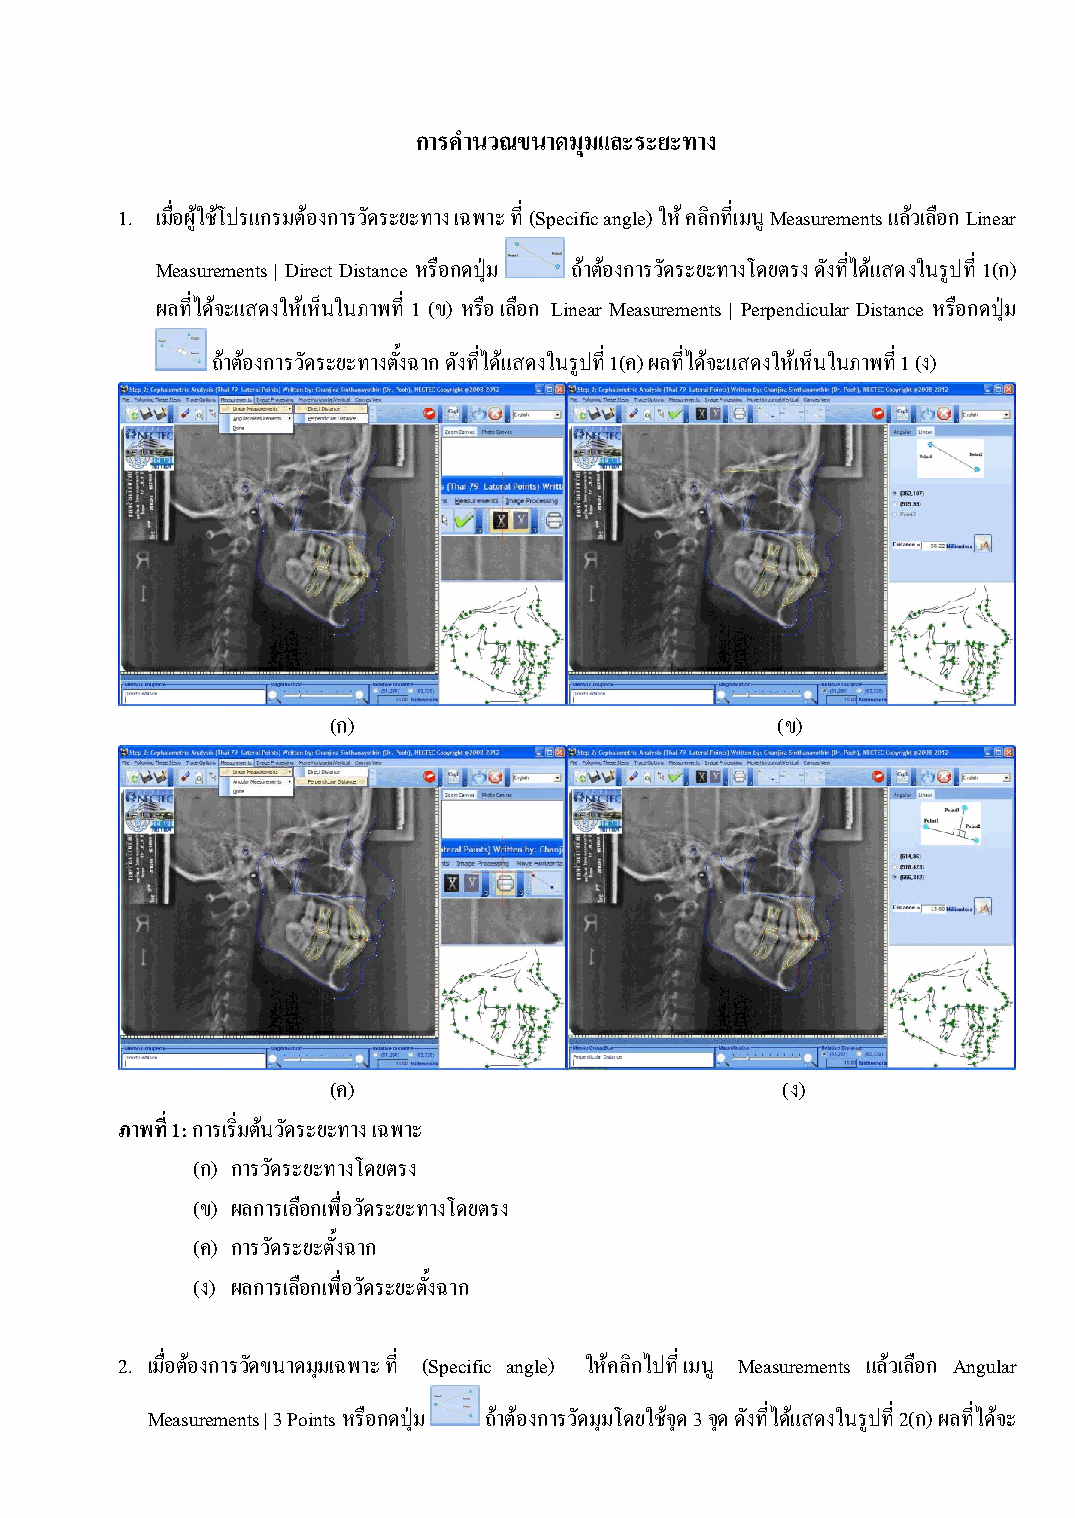
การค านวณขนาดมุมและระยะทาง
 1. เมื่อผู้ใช้โปรแกรมต้องการวัดระยะทาง เฉพาะ ที่ (Specific angle) ให้ คลิกที่เมนู Measurements แล้วเลือก Linear
 Measurements | Direct Distance หรือกดปุ่ม ถ้าต้องการวัดระยะทางโดยตรง ดังที่ได้แสดงในรูปที่ 1(ก)
 ผลที่ได้จะแสดงให้เห็นในภาพที่ 1 (ข) หรือ เลือก Linear Measurements | Perpendicular Distance หรือกดปุ่ม
 ถ้าต้องการวัดระยะทางตั้งฉาก ดังที่ได้แสดงในรูปที่ 1(ค) ผลที่ได้จะแสดงให้เห็นในภาพที่ 1 (ง)
 (ก)                          (ข)
 (ค)                           (ง)
 ภาพที่ 1: การเริ่มต้นวัดระยะทาง เฉพาะ
 (ก) การวัดระยะทางโดยตรง
 (ข) ผลการเลือกเพื่อวัดระยะทางโดยตรง
 (ค) การวัดระยะตั้งฉาก
 (ง) ผลการเลือกเพื่อวัดระยะตั้งฉาก
 2. เมื่อต้องการวัดขนาดมุมเฉพาะ ที่ (Specific angle) ให้คลิกไปที่ เมนู Measurements แล้วเลือก Angular
 Measurements | 3 Points หรือกดปุ่ม ถ้าต้องการวัดมุมโดยใช้จุด 3 จุด ดังที่ได้แสดงในรูปที่ 2(ก) ผลที่ได้จะ
 51